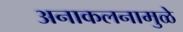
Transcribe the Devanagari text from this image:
अनाकलनामुळे